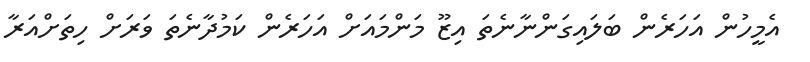
އެމީހުން އަހަރެން ބަލައިގަންނާނެތަ އިޒޫ މަންމައަށް އަހަރެން ކަމުދާނެތަ ވަރަށް ހިތަށްއަރާ